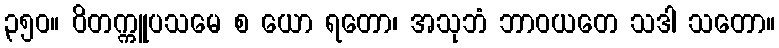
၃၅၀။ ဝိတက္ကူပသမေ စ ယော ရတော၊ အသုဘံ ဘာဝယတေ သဒါ သတော။